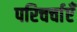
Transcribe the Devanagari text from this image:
परिचर्चाएँ